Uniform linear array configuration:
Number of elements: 12
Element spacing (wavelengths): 1
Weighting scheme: uniform
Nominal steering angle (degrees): -60
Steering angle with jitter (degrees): -59.679
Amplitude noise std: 0.05
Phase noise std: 0.05

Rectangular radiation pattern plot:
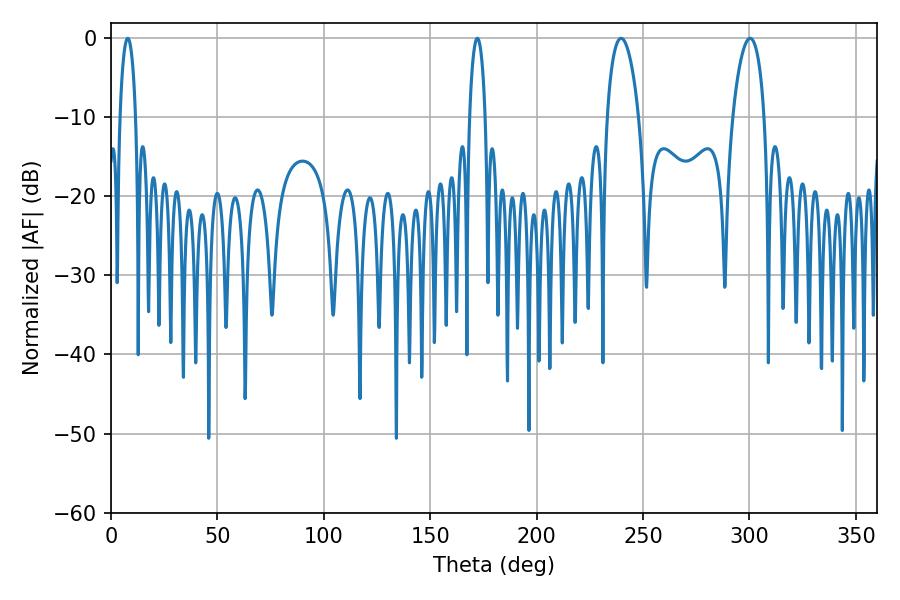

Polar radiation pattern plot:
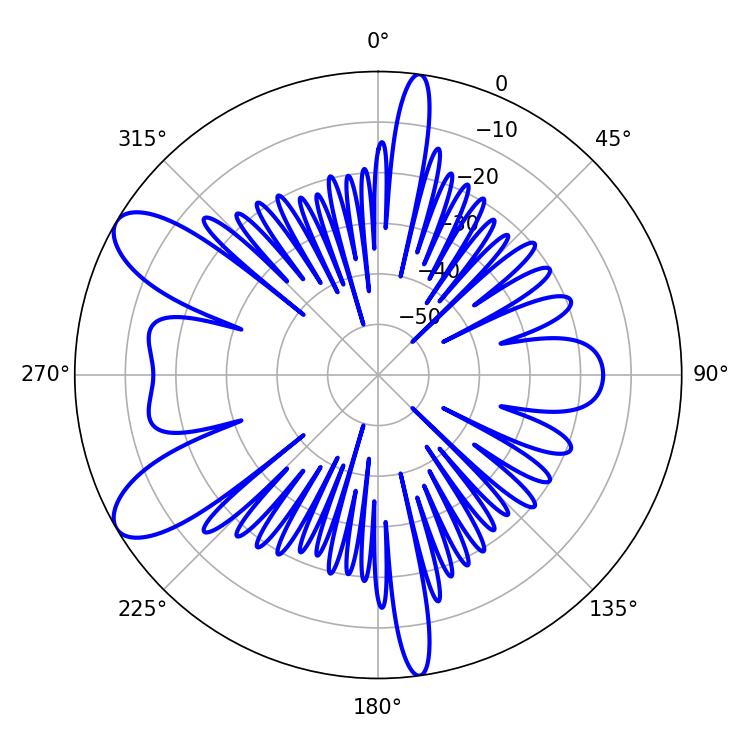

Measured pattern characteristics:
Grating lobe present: TRUE
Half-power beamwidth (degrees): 8.46
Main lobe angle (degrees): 300.24